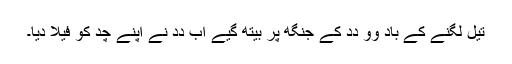
تیل لگنے کے باد وو دِدِ کے جنگھ پر بیتھ گیے اَب دِدِ نے اَپنے چُد کو فیلا دِیا۔